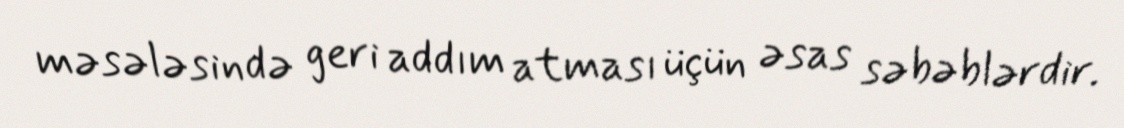
məsələsində geri addım atması üçün əsas səbəblərdir.